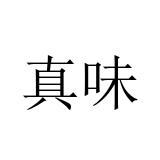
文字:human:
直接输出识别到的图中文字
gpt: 真味